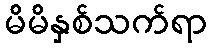
မိမိနှစ်သက်ရာ